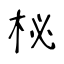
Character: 柲